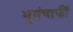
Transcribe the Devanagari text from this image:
भुयंचाफीं